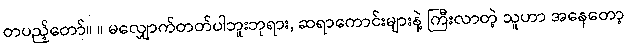
တပည့်တော်။ ။ မလျှောက်တတ်ပါဘူးဘုရား, ဆရာကောင်းများနဲ့ ကြီးလာတဲ့ သူဟာ အနေတော့